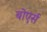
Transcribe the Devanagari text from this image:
बोएर्स